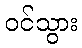
ဝင်သွား